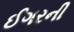
ઈગરની